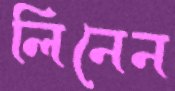
লিনেন